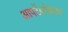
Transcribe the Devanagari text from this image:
आपटेंबरोबरचा